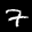
Label: 7